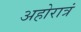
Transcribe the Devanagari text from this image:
अहोरात्रं